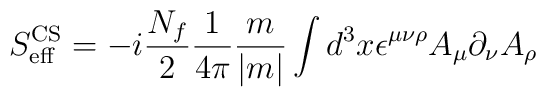
S_{\rm eff}^{\rm CS}=-i \frac{N_f}{2}\frac{1}{4\pi}\frac{m}{|m|}\int d^3x\epsilon^{\mu\nu\rho}A_\mu \partial_\nu A_\rho